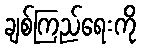
ချစ်ကြည်ရေးကို